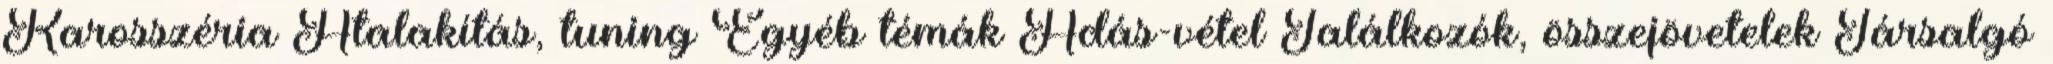
Karosszéria Átalakítás, tuning Egyéb témák Adás-vétel Találkozók, összejövetelek Társalgó